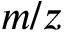
m / z